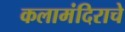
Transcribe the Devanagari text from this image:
कलामंदिराचे